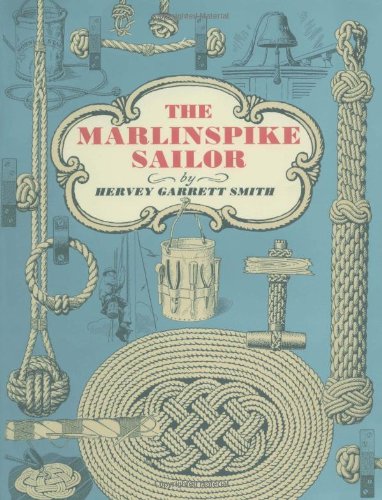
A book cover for The Marlinspike Sailor; Hervey Garrett Smith; Engineering & Transportation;